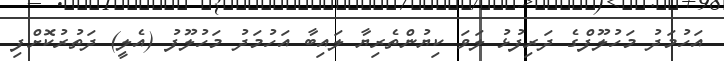
އަހުމަދު މަހުލޫފްގެ ދަރިފުޅު ލަވަ ކިޔުންތެރިޔާ ލައިބާ އަހުމަދު މަހުލޫފު (އެލީ) ދަތުރުކޮށްފި